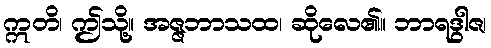
ဣတိ၊ ဤသို့။ အဇ္ဇဘာသထ၊ ဆိုလေ၏။ ဘာရဒွါဇ၊